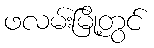
ဖလမ်းမြို့တွင်